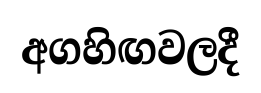
අගහිඟවලදී